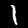
Label: 1